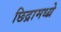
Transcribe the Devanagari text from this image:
छिद्रामध्य्रे